Report on vaccination in the Province of Bengal - 1869-1873
Year: 1869
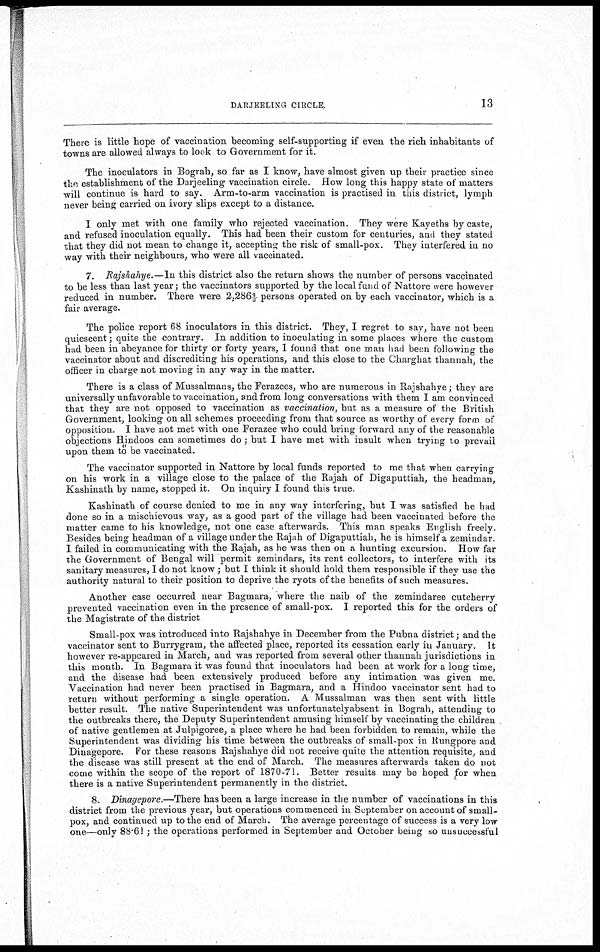
DARJEELING CIRCLE.
13
There is little hope of vaccination becoming self-supporting if even the rich inhabitants of
towns are allowed always to look to Government for it.
The inoculators in Bograh, so far as I know, have almost given up their practice since
the establishment of the Darjeeling- vaccination circle. How long this happy state of matters
will continue is hard to say. Arm-to-arm vaccination is practised in this district, lymph
never being carried on ivory slips except to a distance.
I only met with one family who rejected vaccination. They were Kayeths by caste,
and refused inoculation equally. This had been their custom for centuries, and they stated
that they did not mean to change it, accepting the risk of small-pox. They interfered in no
way with their neighbours, who were all vaccinated.
7. Rajshahye.—In this district also the return shows the number of persons vaccinated
to be less than last year; the vaccinators supported by the local fund of Nattore were however
reduced in number. There were 2,286 2/3 persons operated on by each vaccinator, which is a
fair average.
The police report 68 inoculators in this district. They, I regret to say, have not been
quiescent; quite the contrary. In addition to inoculating in some places where the custom
had been in abeyance for thirty or forty years, I found that one man had been following the
vaccinator about and discrediting his operations, and this close to the Charghat thannah, the
officer in charge not moving in any way in the matter.
There is a class of Mussalmans, the Ferazees, who are numerous in Rajshahye; they are
universally unfavorable to vaccination, and from long conversations with them I am convinced
that they are not opposed to vaccination as vaccination, but as a measure of the British
Government, looking on all schemes proceeding from that source as worthy of every form of
opposition. I have not met with one Ferazee who could bring forward any of the reasonable
objections Hindoos can sometimes do; but I have met with insult when trying to prevail
upon them to be vaccinated.
The vaccinator supported in Nattore by local funds reported to me that when carrying
on his work in a village close to the palace of the Rajah of Digaputtiah, the headman,
Kashinath by name, stopped it. On inquiry I found this true.
Kashinath of course denied to me in any way interfering, but I was satisfied he had
done so in a mischievous way, as a good part of the village had been vaccinated before the
matter came to his knowledge, not one case afterwards. This man speaks English freely.
Besides being headman of a village under the Rajah of Digaputtiah, he is himself a zemindar.
I failed in communicating with the Rajah, as he was then on a hunting excursiou. How far
the Government of Bengal will permit zemindars, its rent collectors, to interfere with its
sanitary measures, I do not know; but I think it should hold them responsible if they use the
authority natural to their position to deprive the ryots of the benefits of such measures.
Another case occurred near Bagmara, where the naib of the zemindaree cutcherry
prevented vaccination even in the presence of small-pox. I reported this for the orders of
the Magistrate of the district
Small-pox was introduced into Rajshahye in December from the Pubna district; and the
vaccinator sent to Burrygram, the affected place, reported its cessation early in January. It
however re-appeared in March, and was reported from several other thannah jurisdictions in
this month. In Bagmara it was found that inoculators had been at work for a long time,
and the disease had been extensively produced before any intimation was given me.
Vaccination had never been practised in Bagmara, and a Hindoo vaccinator sent had to
return without performing a single operation. A Mussalman was then sent with little
better result. The native Superintendent was unfortunatelyabsent in Bograh, attending to
the outbreaks there, the Deputy Superintendent amusing himself by vaccinating the children
of native gentlemen at Julpigoree, a place where he had been forbidden to remain, while the
Superintendent was dividing his time between the outbreaks of small-pox in Rungpore and
Dinagepore. For these reasons Rajshahye did not receive quite the attention requisite, and
the disease was still present at the end of March. The measures afterwards taken do not
come within the scope of the report of 1870-71. Better results may be hoped for when
there is a native Superintendent permanently in the district.
8. Dinagepore.—There has been a large increase in the number of vaccinations in this
district from the previous year, but operations commenced in September on account of small-
pox, and continued up to the end of March. The average percentage of success is a very low
one—only 88.61 ; the operations performed in September and October being so unsuccessful